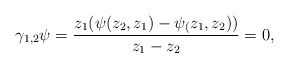
\begin{align*}\gamma_{1,2}\psi = \frac{z_1(\psi(z_2,z_1) - \psi_(z_1,z_2))}{z_1 - z_2} = 0 ,\end{align*}